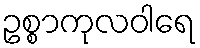
ဥစ္စာကုလဝါရေ